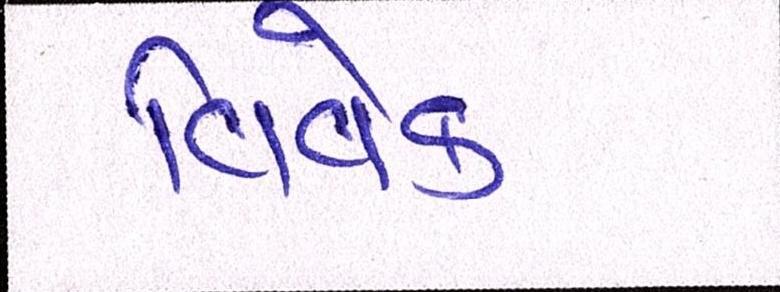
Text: વિવેક